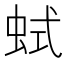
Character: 𧊖